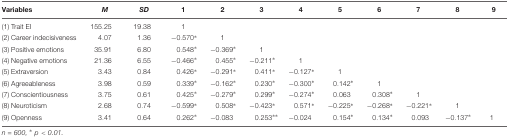
<table><thead><tr><td><b>Variables</b></td><td><b><i>M</i></b></td><td><b><i>SD</i></b></td><td><b>1</b></td><td><b>2</b></td><td><b>3</b></td><td><b>4</b></td><td><b>5</b></td><td><b>6</b></td><td><b>7</b></td><td><b>8</b></td><td><b>9</b></td></tr></thead><tbody><tr><td>(1) Trait EI</td><td>155.25</td><td>19.38</td><td>1</td><td></td><td></td><td></td><td></td><td></td><td></td><td></td><td></td></tr><tr><td>(2) Career indecisiveness</td><td>4.07</td><td>1.36</td><td>−0.570*</td><td>1</td><td></td><td></td><td></td><td></td><td></td><td></td><td></td></tr><tr><td>(3) Positive emotions</td><td>35.91</td><td>6.80</td><td>0.548*</td><td>−0.369*</td><td>1</td><td></td><td></td><td></td><td></td><td></td><td></td></tr><tr><td>(4) Negative emotions</td><td>21.36</td><td>6.55</td><td>−0.466*</td><td>0.455*</td><td>−0.211*</td><td>1</td><td></td><td></td><td></td><td></td><td></td></tr><tr><td>(5) Extraversion</td><td>3.43</td><td>0.84</td><td>0.426*</td><td>−0.291*</td><td>0.411*</td><td>−0.127*</td><td>1</td><td></td><td></td><td></td><td></td></tr><tr><td>(6) Agreeableness</td><td>3.98</td><td>0.59</td><td>0.339*</td><td>−0.162*</td><td>0.230*</td><td>−0.300*</td><td>0.142*</td><td>1</td><td></td><td></td><td></td></tr><tr><td>(7) Conscientiousness</td><td>3.75</td><td>0.61</td><td>0.425*</td><td>−0.279*</td><td>0.299*</td><td>−0.274*</td><td>0.063</td><td>0.308*</td><td>1</td><td></td><td></td></tr><tr><td>(8) Neuroticism</td><td>2.68</td><td>0.74</td><td>−0.599*</td><td>0.508*</td><td>−0.423*</td><td>0.571*</td><td>−0.225*</td><td>−0.268*</td><td>−0.221*</td><td>1</td><td></td></tr><tr><td>(9) Openness</td><td>3.41</td><td>0.64</td><td>0.262*</td><td>−0.083</td><td>0.253**</td><td>−0.024</td><td>0.154*</td><td>0.134*</td><td>0.093</td><td>−0.137*</td><td>1</td></tr></tbody></table>